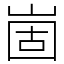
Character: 崮